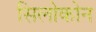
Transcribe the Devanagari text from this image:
सिलोकोन